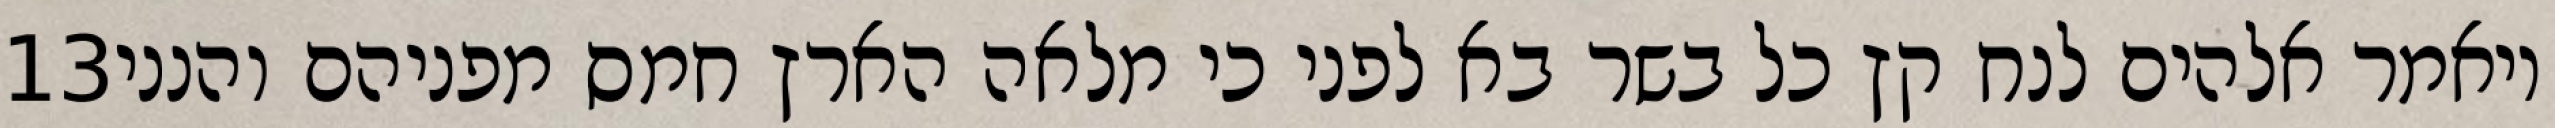
‎13‏ ויאמר אלהים לנח קץ כל בשר בא לפני כי מלאה הארץ חמס מפניהם והנני